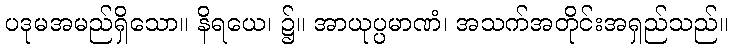
ပဒုမအမည်ရှိသော။ နိရယေ၊ ၌။ အာယုပ္ပမာဏံ၊ အသက်အတိုင်းအရှည်သည်။